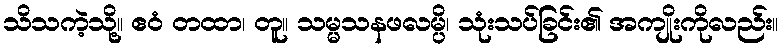
သိသကဲ့သို့။ ဧဝံ တထာ၊ တူ။ သမ္မသနဖလမ္ပိ၊ သုံးသပ်ခြင်း၏ အကျိုးကိုလည်း။